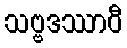
သဗ္ဗဒဿာဝီ